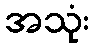
အသုံး